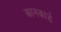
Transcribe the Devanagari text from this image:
कानकार्ड